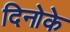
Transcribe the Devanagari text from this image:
दिनोके